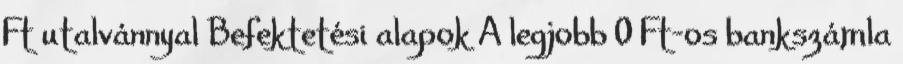
Ft utalvánnyal Befektetési alapok A legjobb 0 Ft-os bankszámla